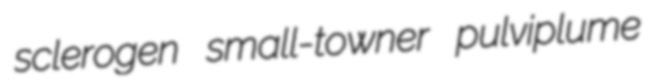
sclerogen small-towner pulviplume